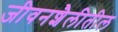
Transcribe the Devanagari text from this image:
जीवनशैलीतील